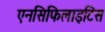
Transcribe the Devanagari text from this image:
एनसिफिलाइटिस